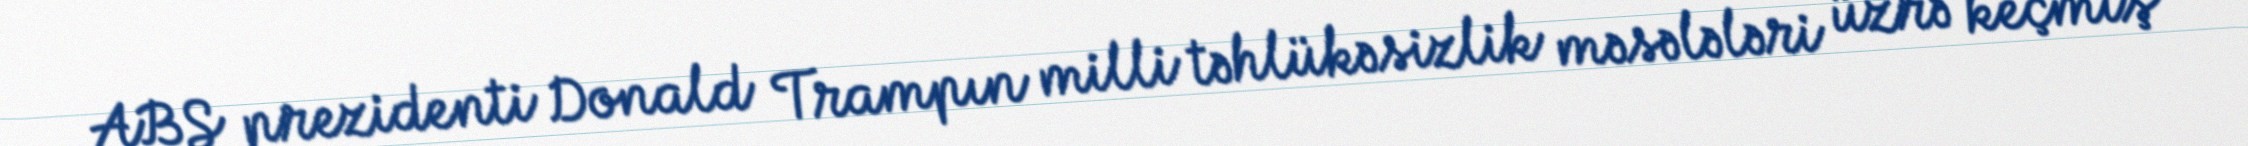
ABŞ prezidenti Donald Trampın milli təhlükəsizlik məsələləri üzrə keçmiş